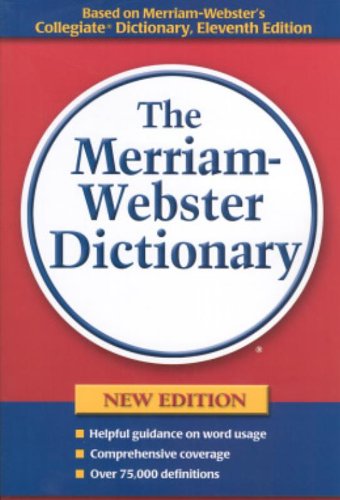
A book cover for The Merriam-Webster Dictionary; Merriam-Webster; Reference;